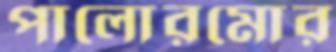
পালোরমোর